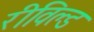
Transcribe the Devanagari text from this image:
रीविल्ड